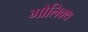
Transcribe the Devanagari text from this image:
गोलिक्थ